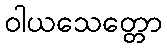
ဝါယသေတ္တော